Civil Veterinary Department Bihar reports 1940-50 - 1940-1950
Year: 1940
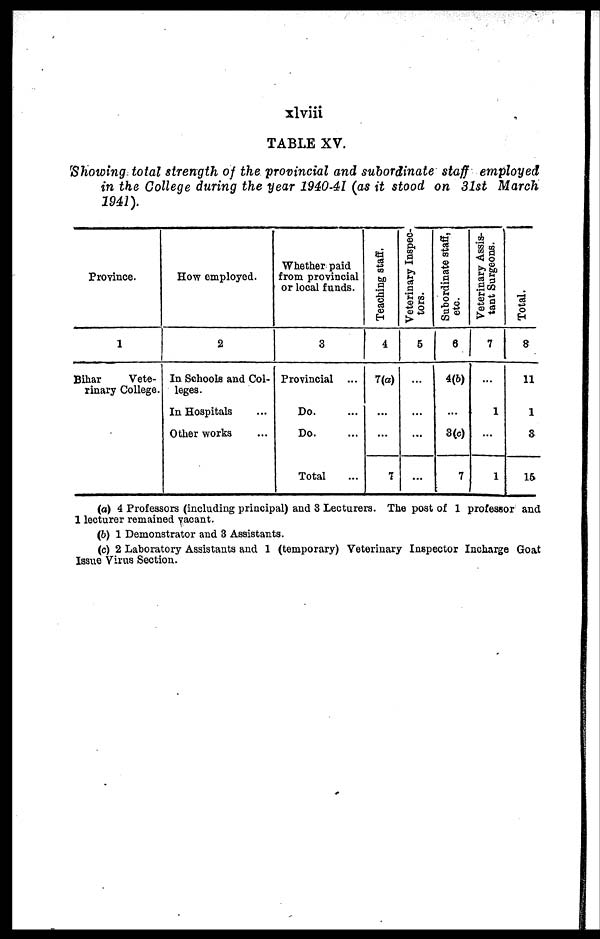
xlviii
TABLE XV.
Showing total strength of the provincial and subordinate staff employed
in the College during the year 1940-41 (as it stood on 31st March
1941).
Province.
1
Bihar
Vete-
rinary College.
How employed.
2
In Schools and Col-
leges.
In Hospitals ...
Other works ...
Whether paid
from provincial
or local funds.
3
Provincial
Do. ...
Do. ...
Total ...
Teaching staff.
4
7(a)
...
...
7
Veterinary Inspec-
tors.
5
...
...
...
...
Subordinate staff,
etc.
6
4(b)
...
3(c)
7
Veterinary Assis-
tant Surgeons.
7
...
1
...
1
Total.
8
11
1
3
15
(a) 4 Professors (including principal) and 3 Lecturers. The post of 1 professor and
1 lecturer remained vacant.
(b) 1 Demonstrator and 3 Assistants.
(c) 2 Laboratory Assistants and 1 (temporary) Veterinary Inspector Incharge Goat
Issue Virus Section.